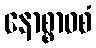
နောစ္စာဝစံ